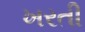
ખરતી